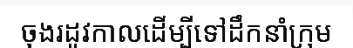
ចុងរដូវកាលដើម្បីទៅដឹកនាំក្រុម